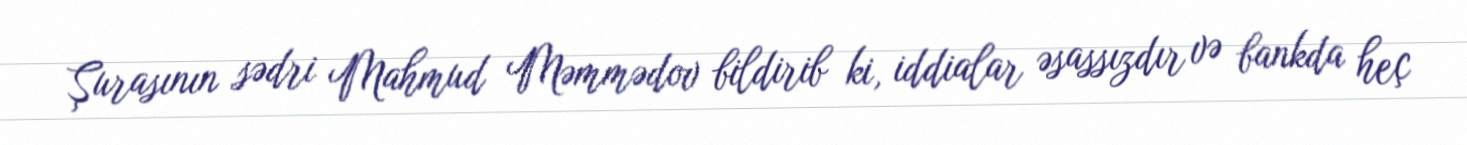
Şurasının sədri Mahmud Məmmədov bildirib ki, iddialar əsassızdır və bankda heç